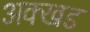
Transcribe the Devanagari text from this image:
अक्खड